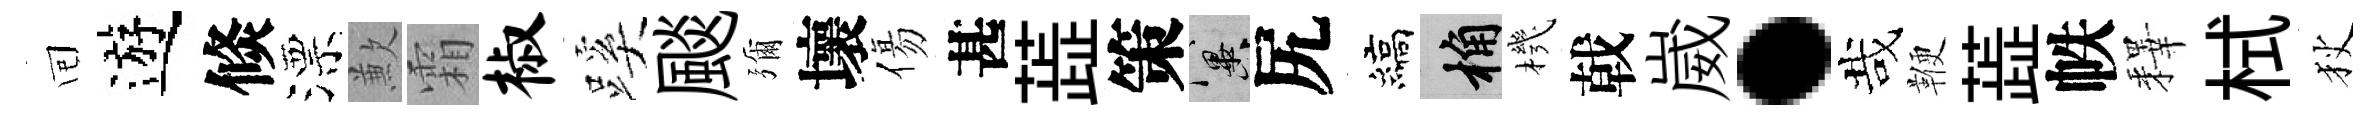
囘遊倐漂歉霜椒蹊颷彌壞傷甚蕋策冀尻縞桷機戟崴·哉鞭蕋帙釋栻狄